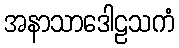
အနာသာဒေါဠသကံ